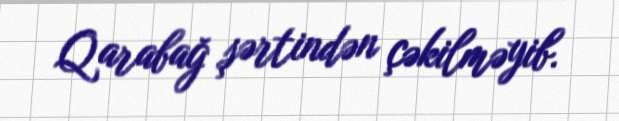
Qarabağ şərtindən çəkilməyib.